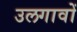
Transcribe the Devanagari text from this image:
उलगावों